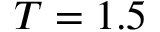
T = 1 . 5